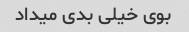
بوی خیلی بدی میداد